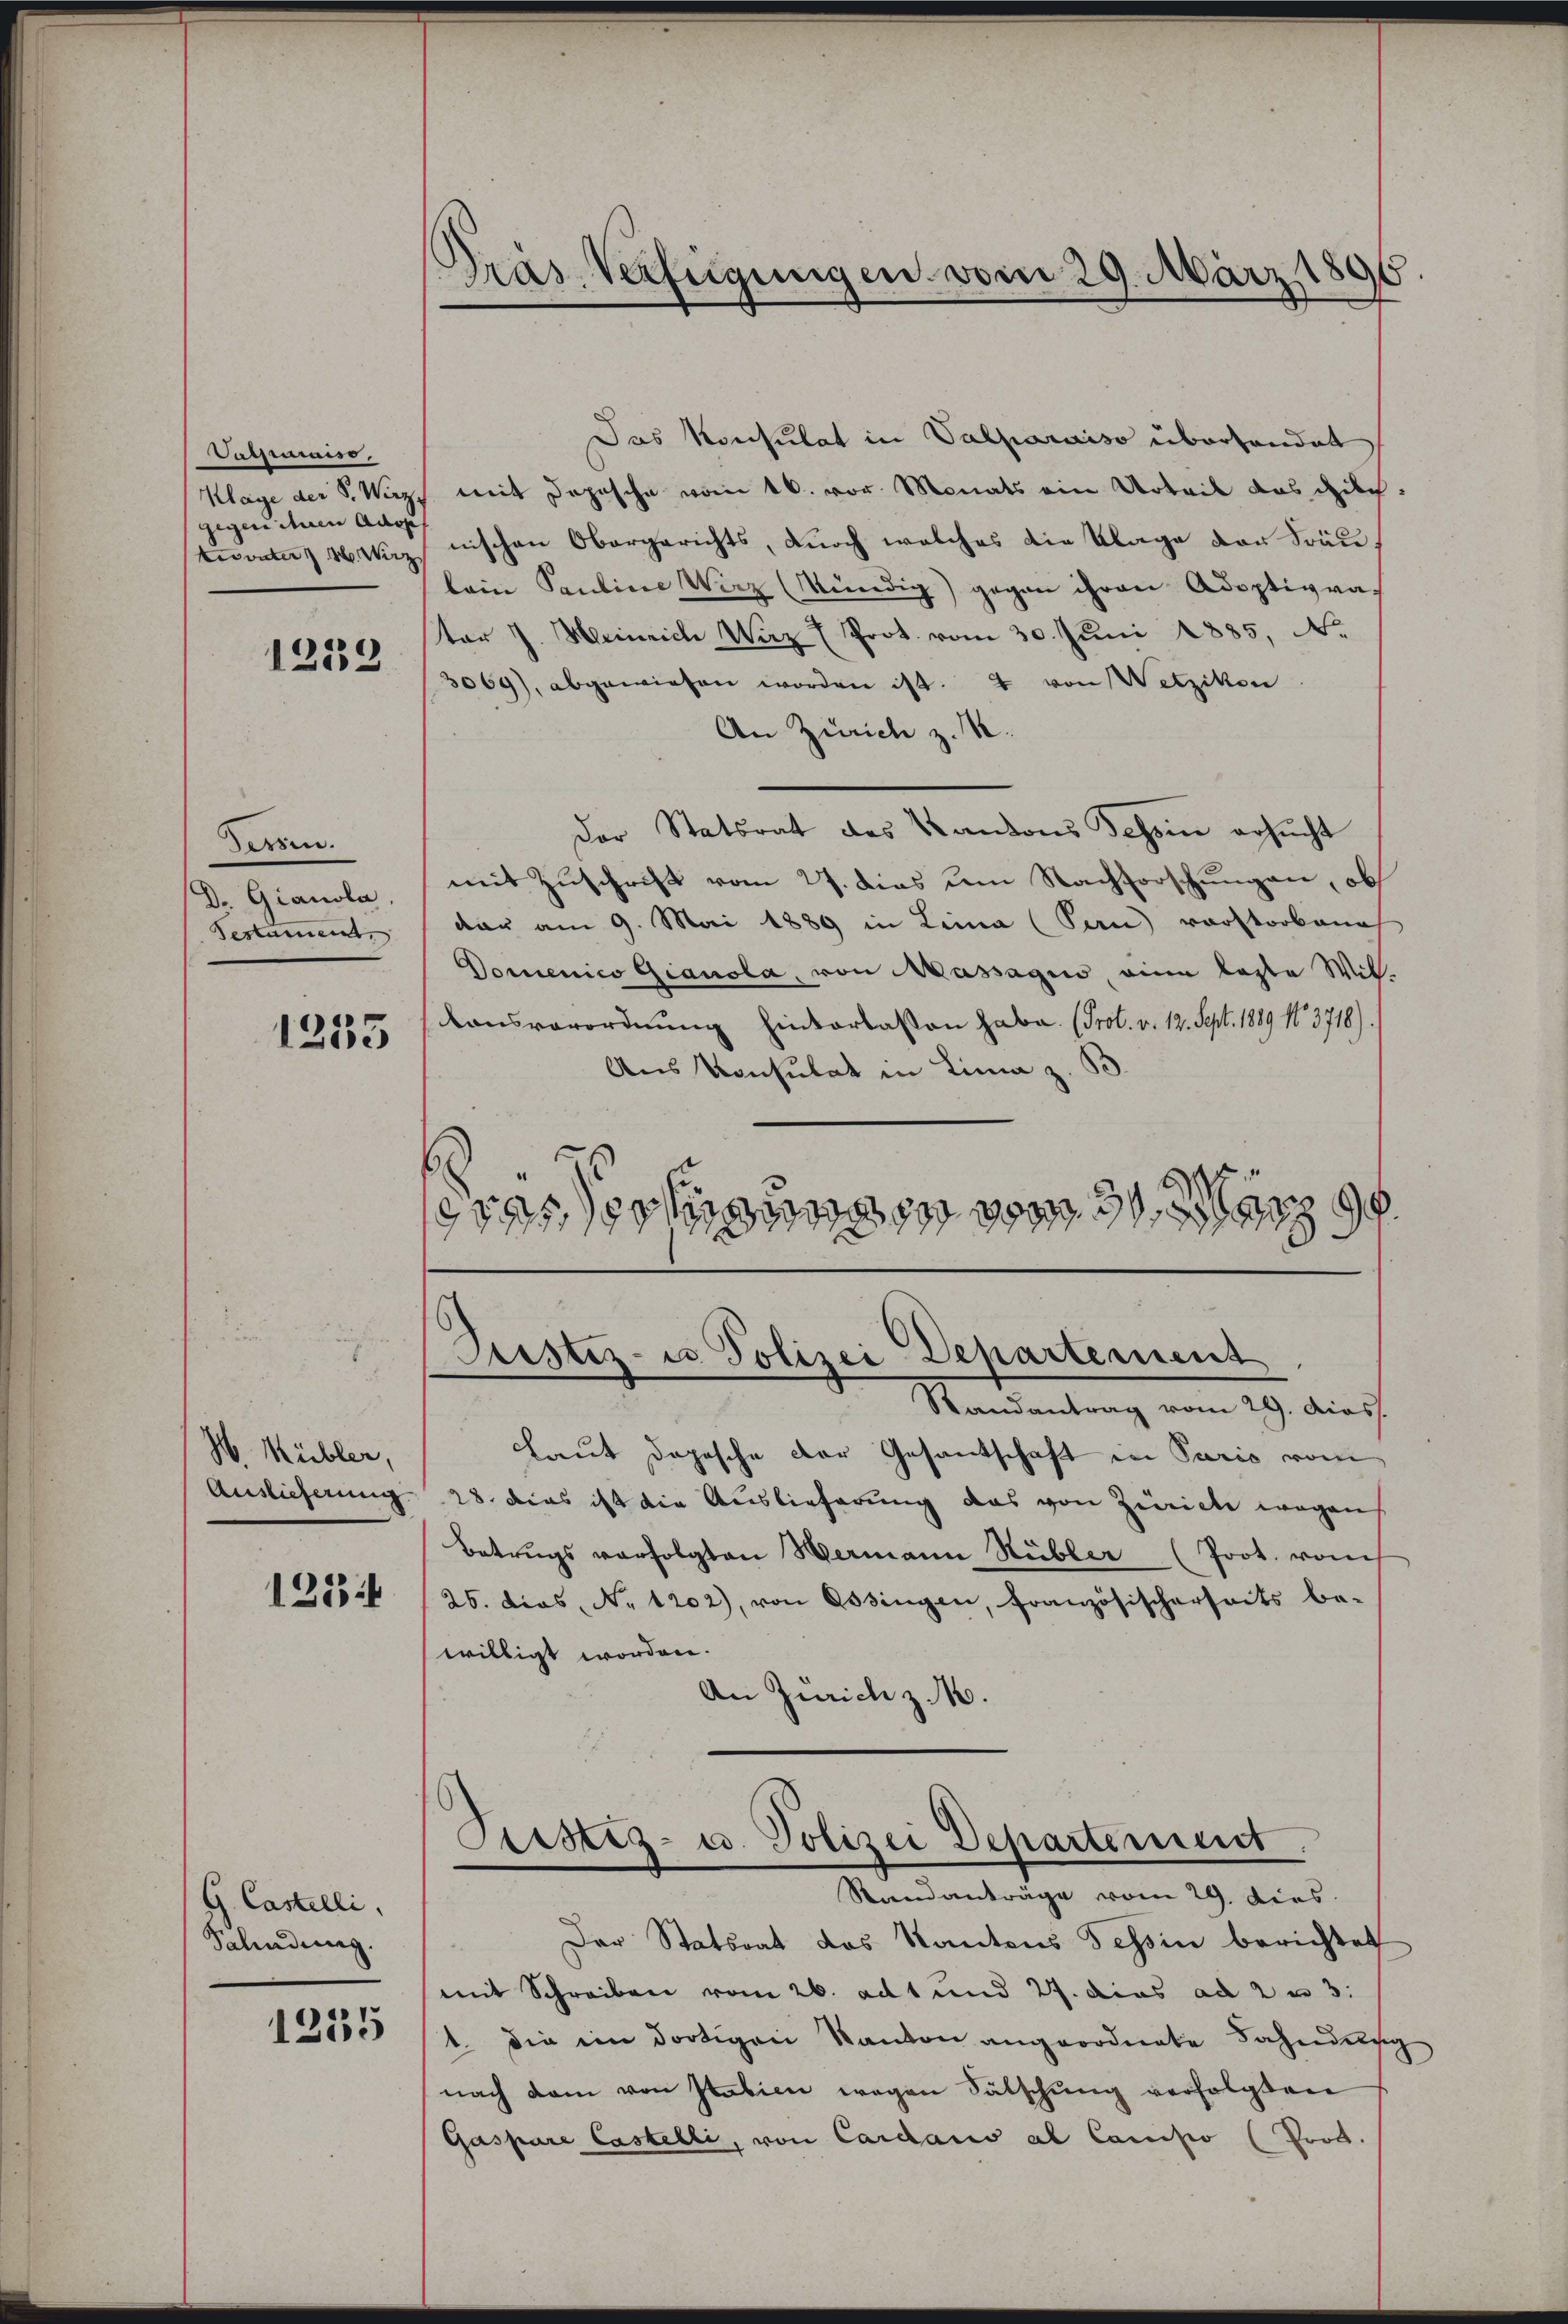
Vassimaiso
Klage der S. Wirz,
gegenituren Auge
tes unter z. B. Wirz

1239

Pessen.
D. Gianola,
Gestament

1255

W. Kübler,
Auslieferung

1234

G. Castelli,
Salindung.

1255

Dräs. Verfügungen vom 29. März 1896

Das Konsulat in Valparaiso überhandet
mit Depesche vom 16. vor. Monats ein Urteil das Milch-
nischen Obergerichts, durch welches die Klage der Frau,
bein Pauline Wirz (Kündig) gegen ihren Adoptivva-
tor J. Meineich Waz (Prot. vom 30. Juni 1885, N.
3069), abgewiesen worden ist. 4 von Wetzikon
An Zürich z. M.
Der Statsrat des Kantons Schein ersucht
mit Zuschrift vom 27. dies am Nachforschungen, ob
dau am 9. Mai 1889 in Lina (San) vorstorbene
Domenico Gianola, von Massagio, eine laste Wilonsverordnung Einverlassen habe. (Prot. v. 12. Sept. 1889 No 3718).
Aus Konsulat in Lina z. B.
9505000 vom 29.

ustiz- u Polizei Departement

Justiz- u. Polizei Departement
Standanträge vom 29. dies

Randantrag vom 29. Das
Laut dopische der Gesantschaft in Paris vom
28. Dies ist die Auslieferung das von Zürich wegen
Betrugs verfolgten Hermann Hübler (Prot. von
25. dies No 1202), von Ossingen, französischerseits be-
willigt worden.
An Zürich z. M.

Der Statsrat das Kantons Tessin berichtet
mit Schreiben vom 26. ad 1 und 27. dies ad 2 u 3.
1. die im dortigen Kanton angeordnete Fahndung
nach dem von Stabien wegen Sätschung verfolgten
Gaspare Castelli, von Cardano al Camisio (Prod.